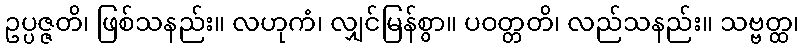
ဥပ္ပဇ္ဇတိ၊ ဖြစ်သနည်း။ လဟုကံ၊ လျှင်မြန်စွာ။ ပဝတ္တတိ၊ လည်သနည်း။ သဗ္ဗတ္ထ၊